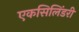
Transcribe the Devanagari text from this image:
एकसिलिंडरी